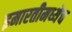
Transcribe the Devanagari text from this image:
इमारतीमध्येच